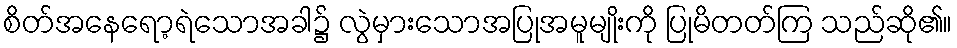
စိတ်အနေရော့ရဲသောအခါ၌ လွဲမှားသောအပြုအမူမျိုးကို ပြုမိတတ်ကြ သည်ဆို၏။